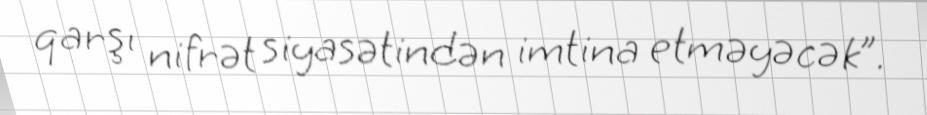
qarşı nifrət siyasətindən imtina etməyəcək”.